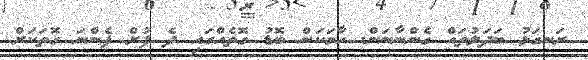
ރަނގަޅު ބަދަލުތައް ގެންނާނަން. ހާމަކަން ބޮޑު ގޮތެއްގައި ދެ ފުށް ފެންނަ ގޮތަކަށް